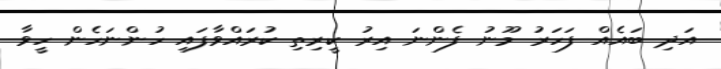
އަދި ބައެއް ފަހަރު މޫނު ފެންނަ އިރު ކީރިތި ކުރައްވާފައި ހުންނަހެން ހީވާ